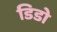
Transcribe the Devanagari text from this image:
डिडो